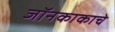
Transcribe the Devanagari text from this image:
जॉनकाकाचे